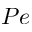
P e